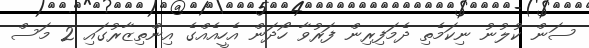
ސަން ކުލުނު ނިކަމެތި ދެމަފިރިން ފަރުވާ ހޯދަން އެހީއެއްގެ އިންތިޒާރުގައި 2 މަސް